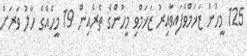
125 މީހުން ޒަޚަމްވެފައިވާއިރު ޒަޚަމްވި މީހުންގެ ތެރެއިން 19 މީހެއްގެ ހާލު ވަރަށް